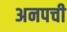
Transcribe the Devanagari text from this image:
अनपची